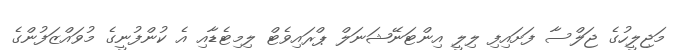
މަޖިލީހުގެ ޖަލްސާ ފަށައިފި ލިލީ އިންޓަނޭޝަނަލް ޕްރައިވެޓް ލިމިޓެޑާއި އެ ކުންފުނީގެ މުވައްޒަފުންގެ